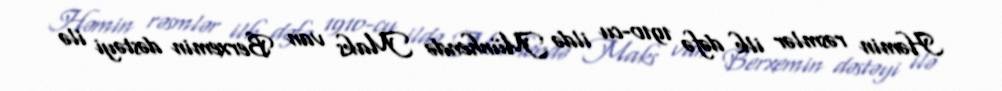
Həmin rəsmlər ilk dəfə 1910-cu ildə Münhendə Maks van Berxemin dəstəyi ilə